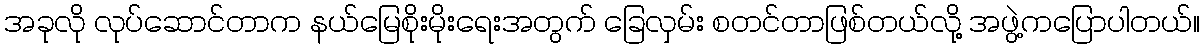
အခုလို လုပ်ဆောင်တာက နယ်မြေစိုးမိုးရေးအတွက် ခြေလှမ်း စတင်တာဖြစ်တယ်လို့ အဖွဲ့ကပြောပါတယ်။